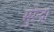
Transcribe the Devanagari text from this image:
सुरेन्द्रा